Vaccination North-Western Provinces and Oudh 1878-1895 - 1878-1895
Year: 1878
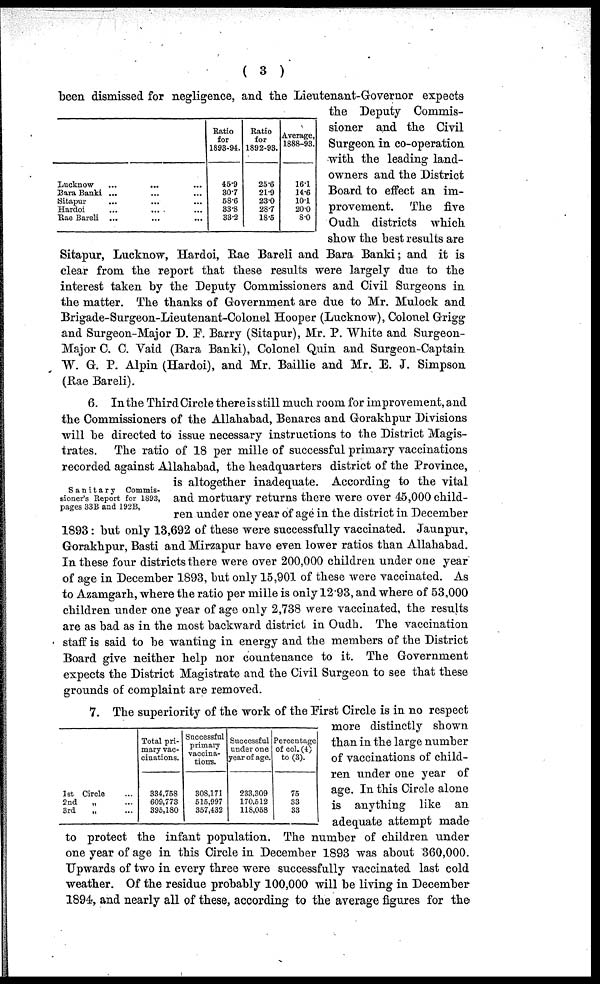
( 3 )
Lucknow ... ... ...
Bara Banki ... ... ...
Sitapur ... ... ...
Hardoi ... ... ...
Rae Bareli ... ... ...
Ratio
for
1893-94.
45.9
30.7
68.6
33.8
33.2
Ratio
for
1892-93.
25.6
21.9
23.0
28.7
18.5
Average,
1888-93.
16.1
14.6
10.1
20.0
8.0
been dismissed for negligence, and the Lieutenant-Governor expects
the Deputy Commis-
sioner and the Civil
Surgeon in co-operation
with the leading land-
owners and the District
Board to effect an im-
provement. The five
Oudh districts which
show the best results are
Sitapur, Lucknow, Hardoi, Rae Bareli and Bara Banki; and it is
clear from the report that these results were largely due to the
interest taken by the Deputy Commissioners and Civil Surgeons in
the matter. The thanks of Government are due to Mr. Mulock and
Brigade-Surgeon-Lieutenant-Colonel Hooper (Lucknow), Colonel Grigg
and Surgeon-Major D. F. Barry (Sitapur), Mr. P. "White and Surgeon-
Major C. C. Vaid (Bara Banki), Colonel Quin and Surgeon-Captain
W. G. P. Alpin (Hardoi), and Mr. Baillie and Mr. E. J. Simpson
(Rae Bareli).
Sanitary
Commis-
sioner's Report for 1893,
pages 33B and 192B,
6. In the Third Circle there is still much room for improvement, and
the Commissioners of the Allahabad, Benares and Gorakhpur Divisions
will be directed to issue necessary instructions to the District Magis-
trates. The ratio of 18 per mille of successful primary vaccinations
recorded against Allahabad, the headquarters district of the Province,
is altogether inadequate. According to the vital
and mortuary returns there were over 45,000 child-
ren under one year of age in the district in December
1893: but only 13,692 of these were successfully vaccinated. Jaunpur,
Gorakhpur, Basti and Mirzapur have even lower ratios than Allahabad.
In these four districts there were over 200,000 children under one year
of age in December 1893, but only 15,901 of these were vaccinated. As
to Azamgarh, where the ratio per mille is only 12.93, and where of 53,000
children under one year of age only 2,738 were vaccinated, the results
are as bad as in the most backward district in Oudh. The vaccination
staff is said to be wanting in energy and the members of the District
Board give neither help nor countenance to it. The Government
expects the District Magistrate and the Civil Surgeon to see that these
grounds of complaint are removed.
1st Circle ...
2nd
„ ...
3rd
„ ...
Total pri-
mary vac-
cinations.
334,758
609,773
395,180
Successful
primary
vaccina-
tions.
308,171
515,997
357,432
Successful
under one
year of age.
233,309
170,512
118,058
Percentage
of col. (4)
to (3).
75
33
33
7. The superiority of the work of the First Circle is in no respect
more distinctly shown
than in the large number
of vaccinations of child-
ren under one year of
age. In this Circle alone
is anything like an
adequate attempt made
to protect the infant population. The number of children under
one year of age in this Circle in December 1893 was about 360,000.
Upwards of two in every three were successfully vaccinated last cold
weather. Of the residue probably 100,000 will be living in December
1894, and nearly all of these, according to the average figures for the